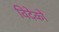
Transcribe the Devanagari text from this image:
विदेको